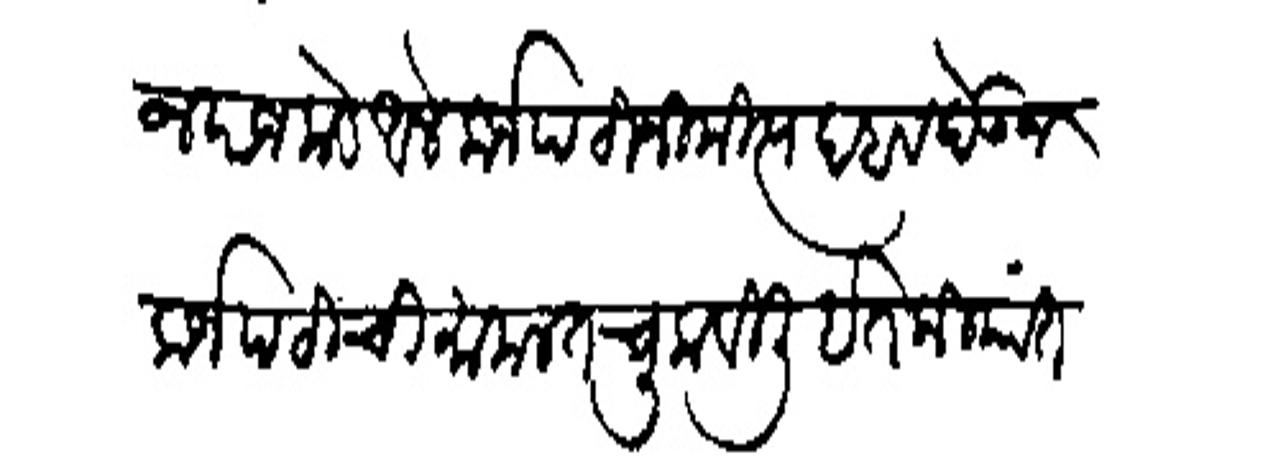
Transliteration (Devanagari): जगतराज याजकडे आले कर्जपटी निमित्य दबाव देऊ कर्जपटीची मामलत चुकविली इतकियांत